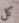
كل